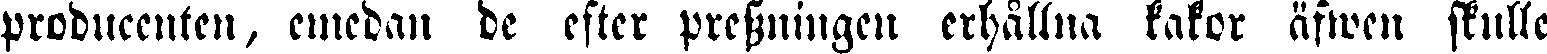
producenten, emedan de efter pressningen erhållna kakor äfwen skulle